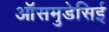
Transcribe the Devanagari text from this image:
ऑसमुडेसिई